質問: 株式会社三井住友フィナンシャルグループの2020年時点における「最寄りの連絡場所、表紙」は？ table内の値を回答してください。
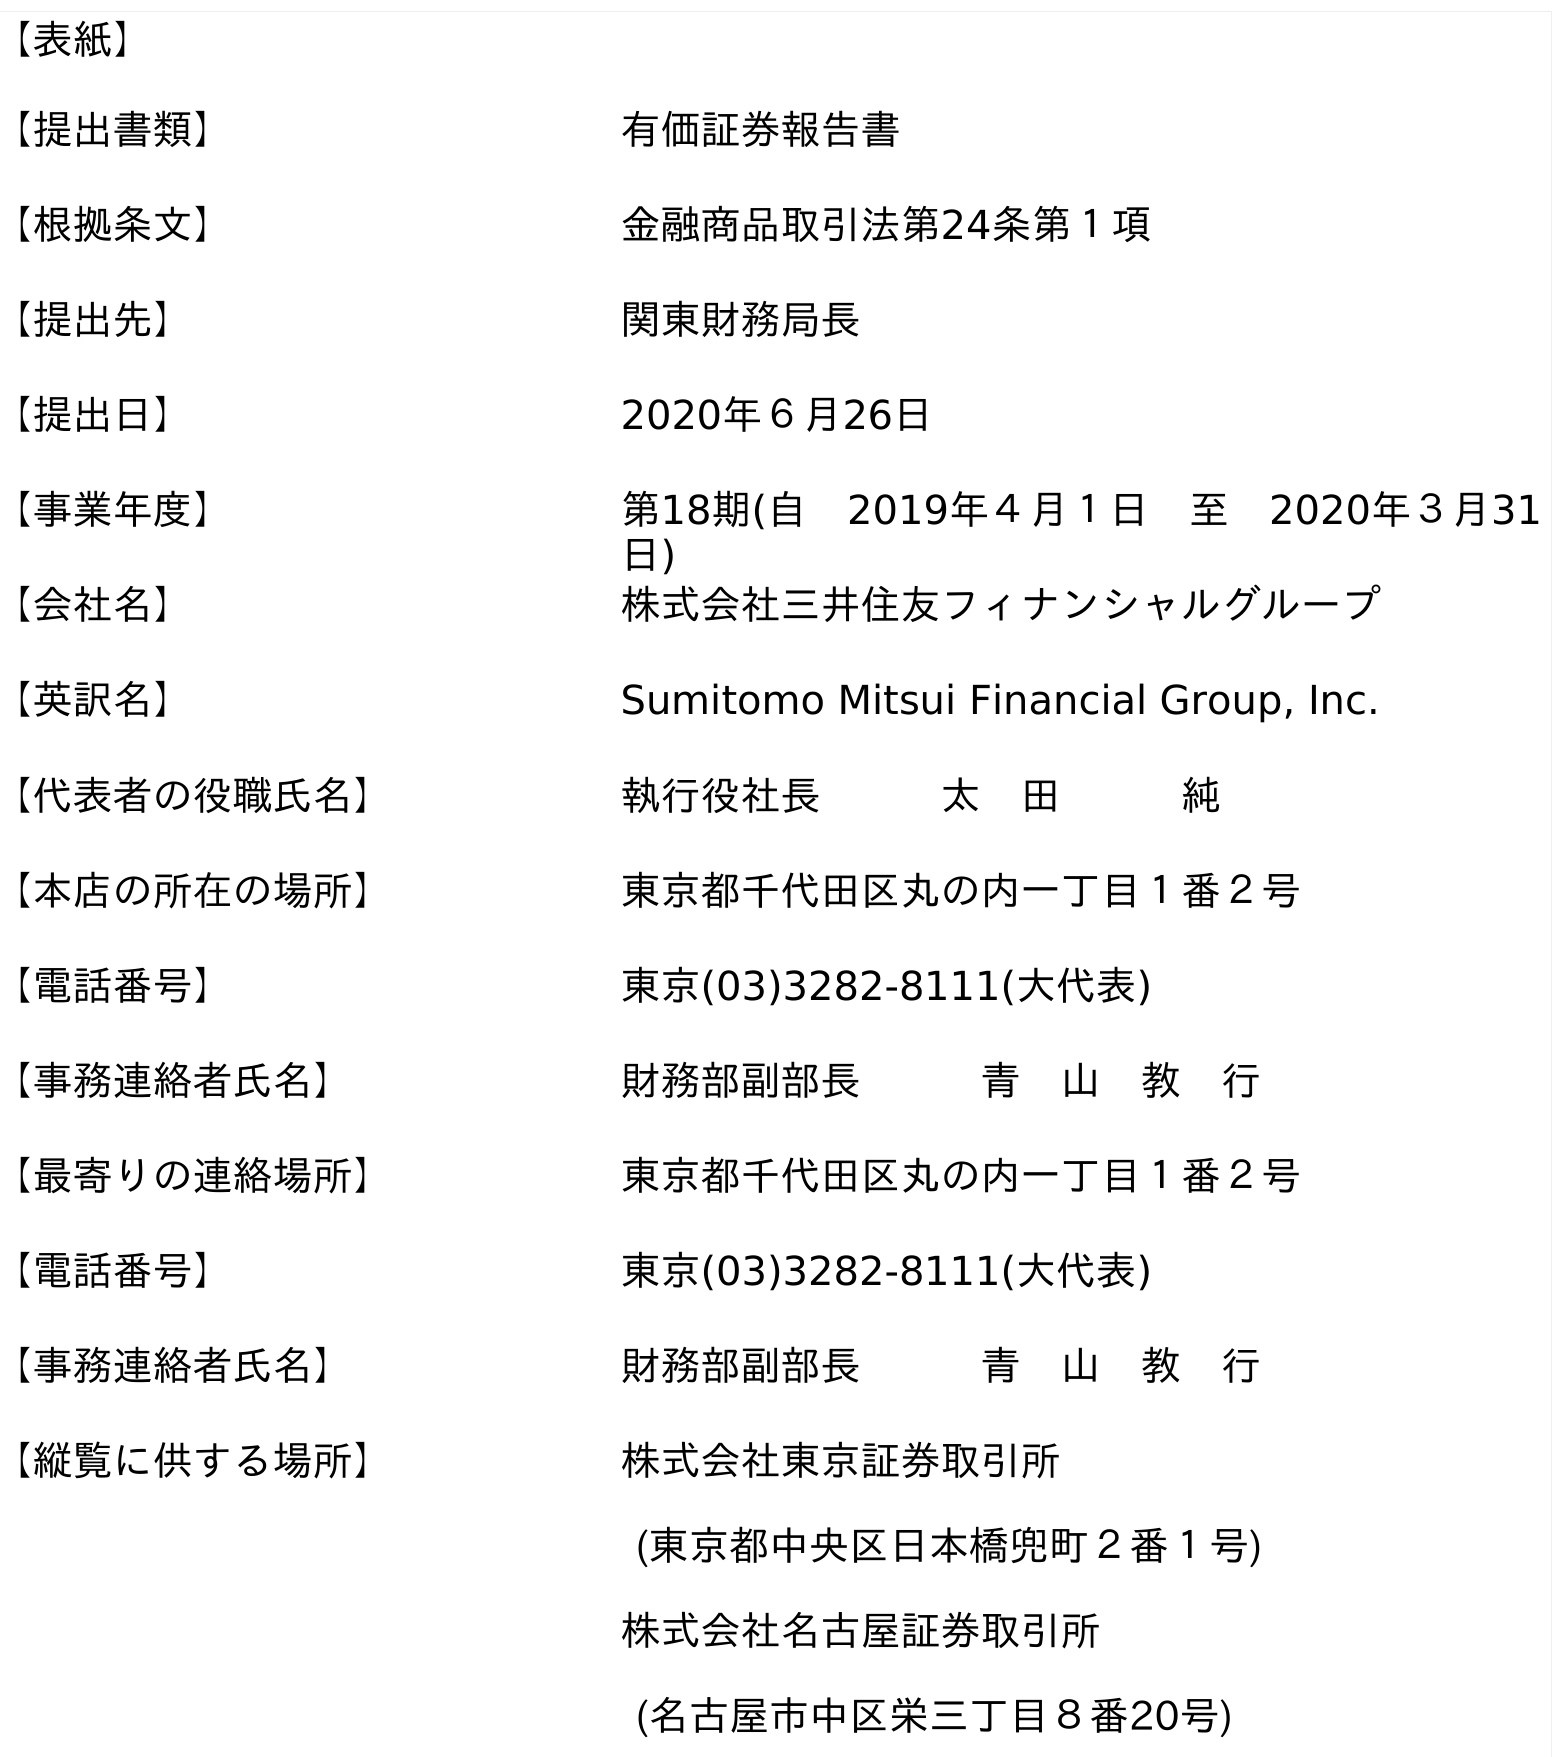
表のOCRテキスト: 【表紙】 【提出書類】 有価証券報告書 【根拠条文】 金融商品取引法第24条第１項 【提出先】 関東財務局長 【提出日】 2020年６月26日 【事業年度】 第18期(自 2019年４月１日 至 2020年３月31 日) 【会社名】 株式会社三井住友フィナンシャルグループ 【英訳名】 Sumitomo Mitsui Financial Group, Inc. 【代表者の役職氏名】 執行役社長   太 田   純 【本店の所在の場所】 東京都千代田区丸の内一丁目１番２号 【電話番号】 東京(03)3282-8111(大代表) 【事務連絡者氏名】 財務部副部長   青 山 教 行 【最寄りの連絡場所】 東京都千代田区丸の内一丁目１番２号 【電話番号】 東京(03)3282-8111(大代表) 【事務連絡者氏名】 財務部副部長   青 山 教 行 【縦覧に供する場所】 株式会社東京証券取引所 (東京都中央区日本橋兜町２番１号) 株式会社名古屋証券取引所 (名古屋市中区栄三丁目８番20号)
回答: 東京都千代田区丸の内一丁目１番２号